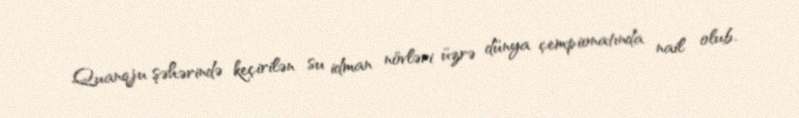
Quanqju şəhərində keçirilən su idman növləri üzrə dünya çempionatında nail olub.